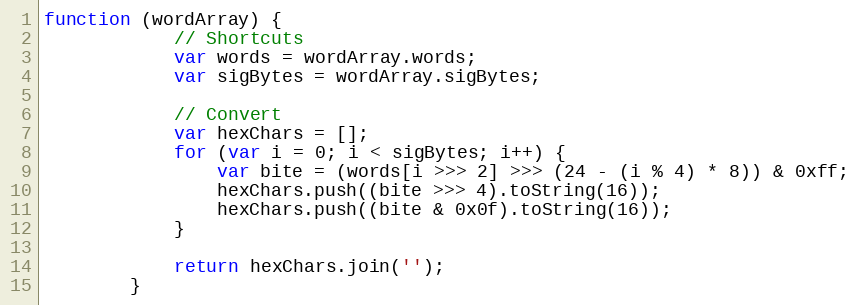
Language: JavaScript
function (wordArray) {
            // Shortcuts
            var words = wordArray.words;
            var sigBytes = wordArray.sigBytes;

            // Convert
            var hexChars = [];
            for (var i = 0; i < sigBytes; i++) {
                var bite = (words[i >>> 2] >>> (24 - (i % 4) * 8)) & 0xff;
                hexChars.push((bite >>> 4).toString(16));
                hexChars.push((bite & 0x0f).toString(16));
            }

            return hexChars.join('');
        }